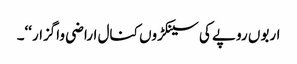
اربوں روپے کی سینکڑوں کنال اراضی واگزار‘‘۔